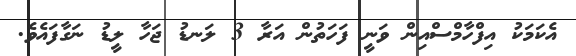
އެކަމަކު އިފްހާމްސްއިން ވަނީ ފަހަތުން އަރާ 3 ލަނޑު ޖަހާ ލީޑު ނަގާފައެވެ.